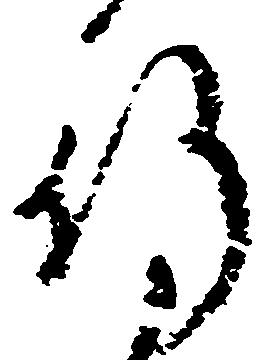
行